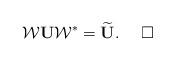
LaTeX: \begin{align*}\mathcal{W}\mathbf{U} \mathcal{W}^* =\widetilde{\mathbf{U}}.\ \ \ \ \Box\end{align*}